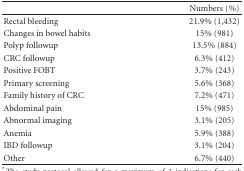
|  | Numbers (%) |
 | --- | --- |
 | Rectal bleeding | 21.9% (1,432) |
 | Changes in bowel habits | 15% (981) |
 | Polyp followup | 13.5% (884) |
 | CRC followup | 6.3% (412) |
 | Positive FOBT | 3.7% (243) |
 | Primary screening | 5.6% (368) |
 | Family history of CRC | 7.2% (471) |
 | Abdominal pain | 15% (985) |
 | Abnormal imaging | 3.1% (205) |
 | Anemia | 5.9% (388) |
 | IBD followup | 3.1% (204) |
 | Other | 6.7% (440) |